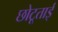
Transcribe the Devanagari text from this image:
छोटूताई